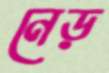
নেড়